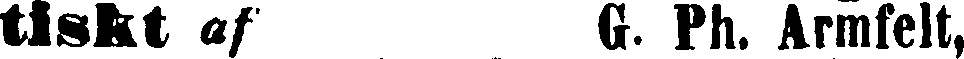
tiskt af G. kli. Armfelt,